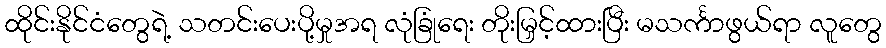
ထိုင်းနိုင်ငံတွေရဲ့ သတင်းပေးပို့မှုအရ လုံခြုံရေး တိုးမြှင့်ထားပြီး မသင်္ကာဖွယ်ရာ လူတွေ